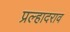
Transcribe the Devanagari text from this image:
प्रल्हादराव